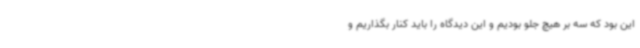
این بود که سه بر هیچ جلو بودیم و این دیدگاه را باید کنار بگذاریم و